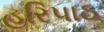
હરિપાઠ